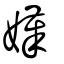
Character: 嫨